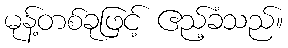
မုန့်တစ်ခုဖြင့် ဧည့်ခံသည်။